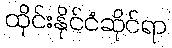
ထိုင်းနိုင်ငံဆိုင်ရာ